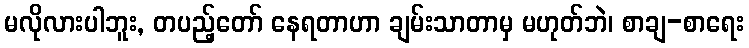
မလိုလားပါဘူး, တပည့်တော် နေရတာဟာ ချမ်းသာတာမှ မဟုတ်ဘဲ၊ စာချ-စာရေး